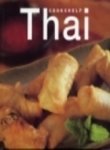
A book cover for Cookshelf Thai; Christine France; Cookbooks, Food & Wine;